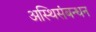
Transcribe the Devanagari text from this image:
अस्थिसंबन्धन